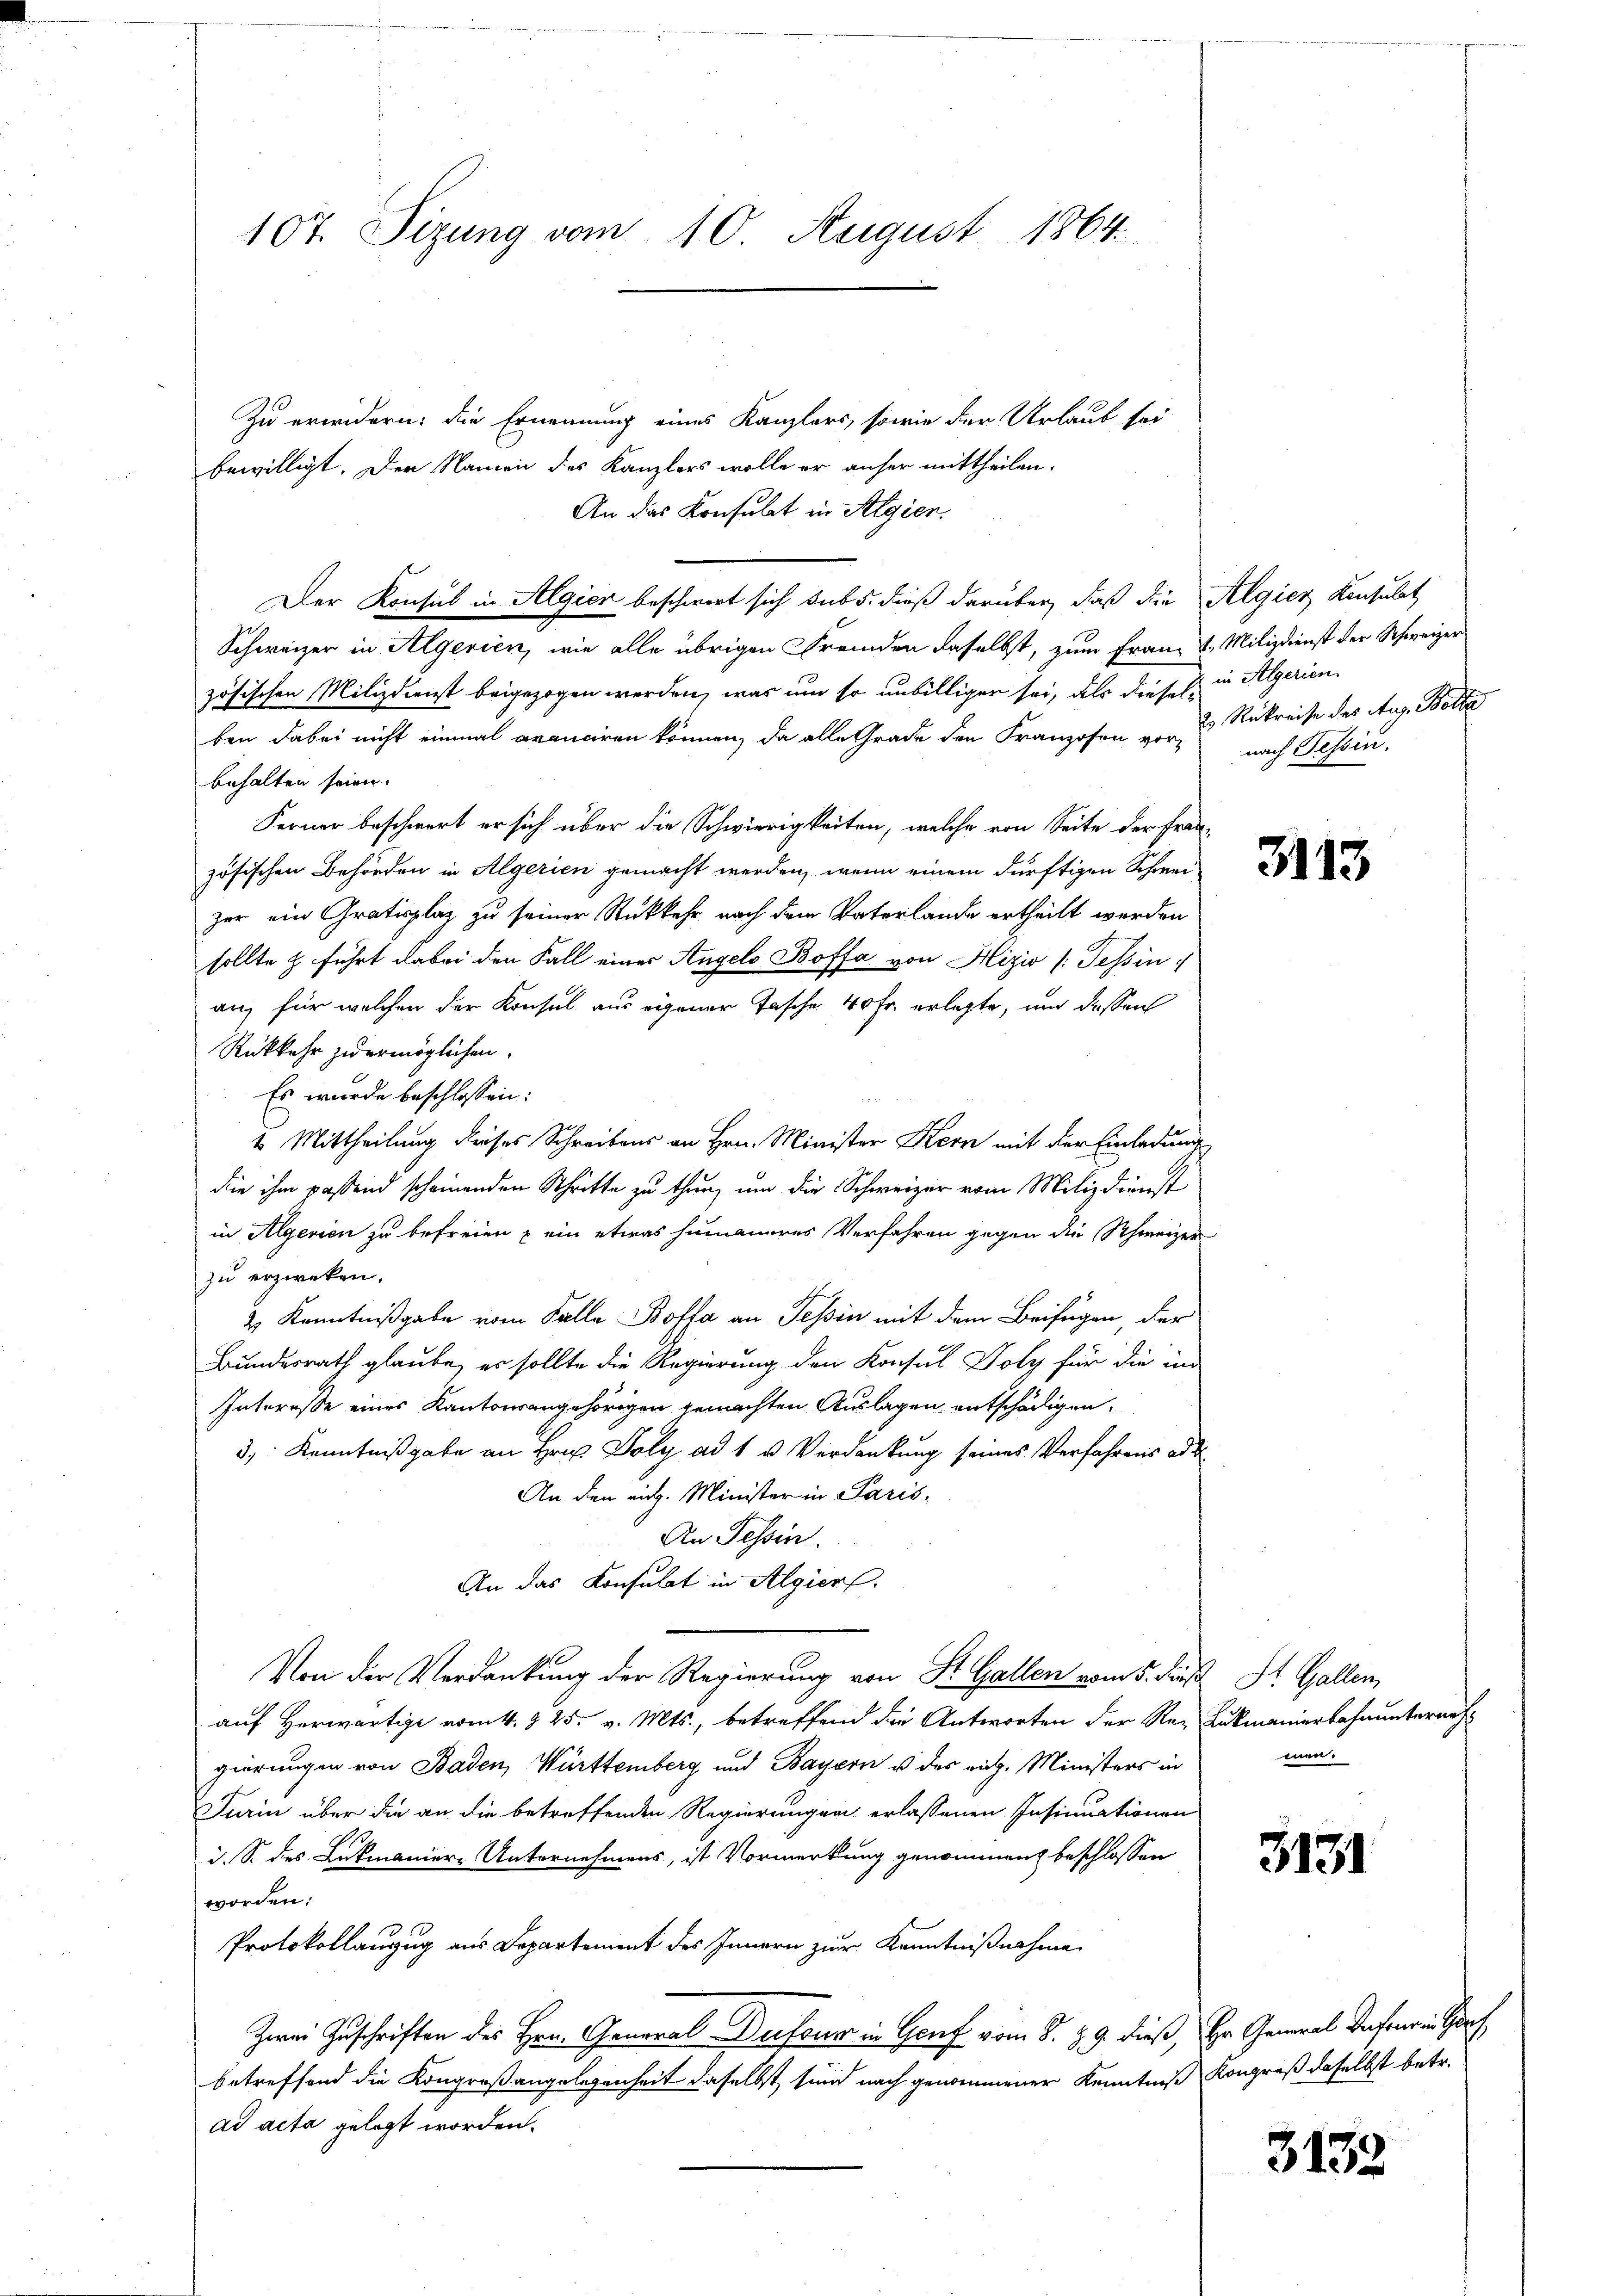
107. Sizung vom 10. August 1864.

Zu erwidern; die Ernennung eines Kanzlers, sowie der Urlaub sei
bewilligt. Der Namen des Kanzlers wolle er anher mittheilen.
An das Konsulat in Algien.
Der Konsul in Algier beschwert sich sub 5. dieß darüber, daß die Algier Konsulat
Schweizer in Algerien, wie alle übrigen Fremden daselbst, zum Franz v. Milizdienst der Schweizer
zösischen Milizdienst beigezogen werden, was um so unbilliger sei, als dieses in Algerien
ben dabei nicht einmal avanciren können, da alle Grade den Franzosen von 2 Rükreise des Aug. Bette
behalten seien.
Ferner beschwert er sich über die Schwierigkeiten, welche von Seite der Fran-
zösischen Behörden in Algerien gemacht werden, wenn einem dürftigen Schweizur ein Gratisplaz zu seiner Rückkehr nach dem Vaterlande ertheilt werden
sollte & führt dabei den Fall einer Angels Boffa von Hizio (Tessin
an, für welchen der Konsul aus eigener Tasche 40 Fr. erlegte, und dessen
Rükkehr zu ermöglichen.
Es wurde beschlossen:
4 Mittheilung dieses Schreibens an Hrn. Minister Kern mit der Einladung
die ihm passend scheinenden Schritte zu thun, um die Schweizer vom Miliz dienst
in Algerien zu befreien & ein etwas humaneres Verfahren gegen die Schweizer
zu erzweken.
2 Kenntnißgabe vom Falle Boffa an Tessin mit dem Beifügen, der
1
Bundesrath glaube, er sollte die Regierung den Konsul Doly für die in
Interesse eines Kantonsangehörigen gemachten Auslagen entschädigen,
3, Kenntnißgabe an Hrn. Poly ad 1 u Verdankung seines Verfahrens ad d
An den eich. Minister in Paris
An Tessin.
An das Konsulat in Algier
Von der Verdankung der Regierung von St. Gallen vom 5. die
auf Herwärtige vom 4. § 25. v. Mts., betreffend die Antworten der Rez Lukmanierbahnunternehgierungen von Baden, Württemberg und Bayern u. des rich. Ministers in
Turin über die an die betreffenden Regierungen erlassenen Insinuationen
d. S. des Lukmanier-Unternehmens, ist Vormerkung genommen beschlossen
worden:
Protokollanzug aus Departement des Innern zur Kenntnißnahme
Zwei Zuschriften des Hrn. General Dufour in Genf vom 8. 89. dieß, Hr. General Infer in Gr
betreffend die Kongroßangelegenheit daselbst sind nach genommener Kenntniß Kongreß daselbst betr.
ad acta gelegt worden.

nach Tessin.

3113

St. Gallen
men.

3131

3132